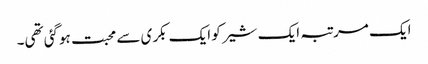
ایک مرتبہ ایک شیر کو ایک بکری سے محبت ہوگئی تھی۔